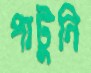
পাটুনি